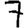
Digit: 7